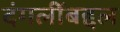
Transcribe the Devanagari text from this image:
दंगलींबद्दल